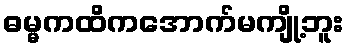
ဓမ္မကထိကအောက်မကျို့ဘူး